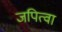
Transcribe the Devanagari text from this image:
जपित्वा